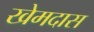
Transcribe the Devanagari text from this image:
खेमदास